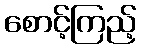
စောင့်ကြည့်